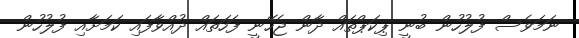
ނަމަވެސް ފުލުހުން ބުނީ ޕިކަޕްތައް ދާން ޖެހޭނީ ފަހަތައް ދުއްވާފައި ކަމަށާއި ފުލުހުން